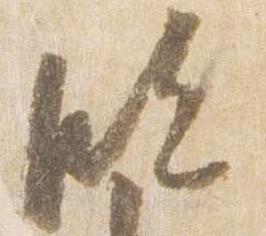
臨